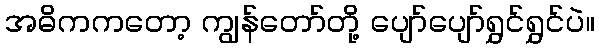
အဓိကကတော့ ကျွန်တော်တို့ ပျော်ပျော်ရွှင်ရွှင်ပဲ။